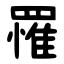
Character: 罹